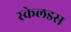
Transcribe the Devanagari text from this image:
स्केलडस